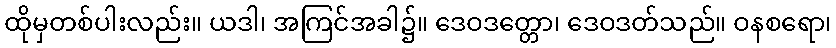
ထိုမှတစ်ပါးလည်း။ ယဒါ၊ အကြင်အခါ၌။ ဒေဝဒတ္တော၊ ဒေဝဒတ်သည်။ ဝနစရော၊